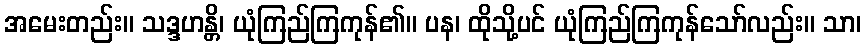
အမေးတည်း။ သဒ္ဒဟန္တိ၊ ယုံကြည်ကြကုန်၏။ ပန၊ ထိုသို့ပင် ယုံကြည်ကြကုန်သော်လည်း။ သာ၊